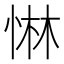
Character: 惏